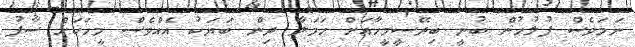
ނަމަވެސް ފުލުހުން ބުނީ ބިދޭސީމީހާއަށް ހަމަލާ ދިން ބަޔަކު އެއްވެސް މީހަކަށް ސާފު